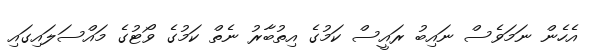
އެހެން ނަމަވެސް ނައިބު ރައީސް ކަމުގެ އިތުބާރު ނެތް ކަމުގެ ވޯޓުގެ މައްސަލައިގައި